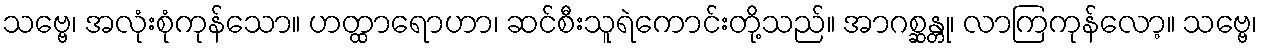
သဗ္ဗေ၊ အလုံးစုံကုန်သော။ ဟတ္ထာရောဟာ၊ ဆင်စီးသူရဲကောင်းတို့သည်။ အာဂစ္ဆန္တု၊ လာကြကုန်လော့။ သဗ္ဗေ၊